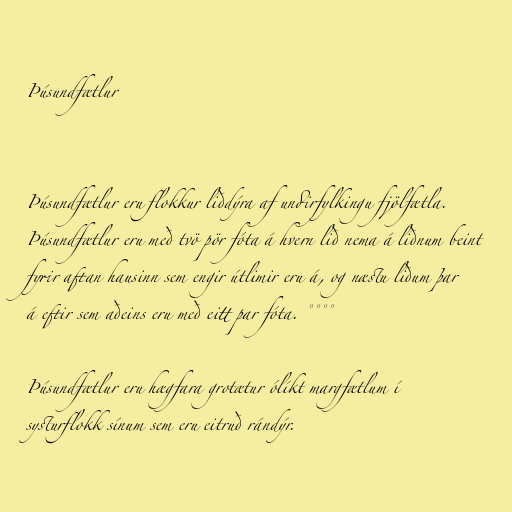
Þúsundfætlur

Þúsundfætlur eru flokkur liðdýra af undirfylkingu fjölfætla.
Þúsundfætlur eru með tvö pör fóta á hvern lið nema á liðnum beint
fyrir aftan hausinn sem engir útlimir eru á, og næstu liðum þar
á eftir sem aðeins eru með eitt par fóta. °°°°

Þúsundfætlur eru hægfara grotætur ólíkt margfætlum í
systurflokk sínum sem eru eitruð rándýr.